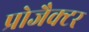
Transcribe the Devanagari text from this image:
प्रोजैक्टर